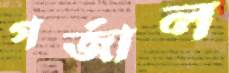
গর্‌জাল